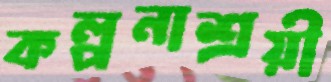
কল্পনাশ্রয়ী